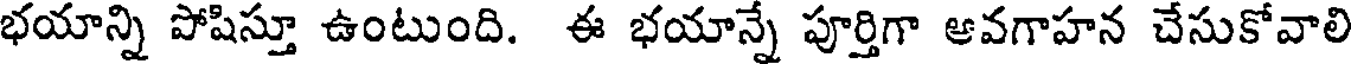
భయాన్ని పోషిస్తూ ఉంటుంది. ఈ భయాన్నే పూర్తిగా ఆవగాహన చేసుకోవాలి